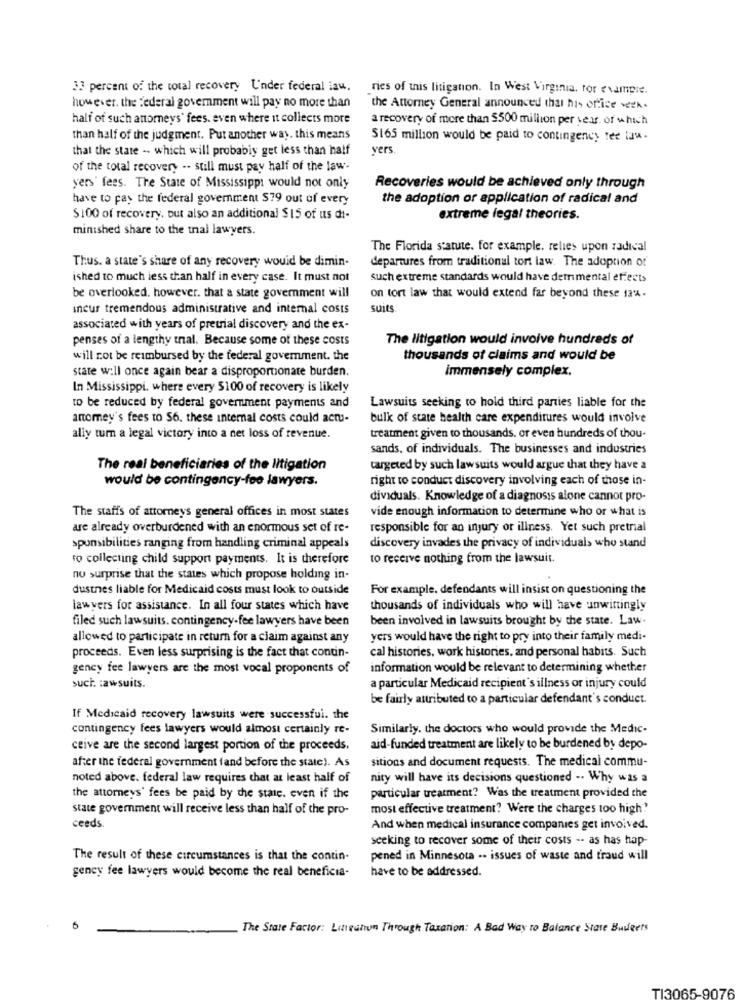
33 percent of the total recovery Under federal iau.
ries of this litigation. In West Virginia. for example.
however, the federal government will pay no more than
the Attorney General announced that his office week.
half of such attorneys' fees. even where it collects more
a recovery of more than $500 million per year. of which
than half of the judgment. Put another way. this means
5165 million would be paid to contingency tee luw.
that the state - which will probably get less than half
vers.
of the total recovery -- still must pay half of the law-
yers' fees. The State of Mississippi would not only
Recoveries would be achieved only through
have to pay the federal government S79 out of every
the adoption or application of radical and
$100 of recovery, but also an additional $15 of us di-
extreme legal theories.
mintshed share to the tnal lawyers.
The Florida statute. for example, relies upon radical
Thus. a state's share of any recovery would be dimin-
departures from traditional tort law. The adoption of
ished to much less than half in every case. It must not
such extreme standards would have detrimental effects
be overlooked, however, that a state government will
on tort law that would extend far beyond these 1a.
ancur tremendous administrative and internal costs
suits
associated with years of pretrial discovery and the ex-
penses of a lengthy thal. Because some of these costs
The litigation would involve hundreds of
will not be reimbursed by the federal government. the
thousands of claims and would be
state will once again bear a disproportionate burden.
immensely complex.
In Mississippi, where every $100 of recovery is likely
Lawsuits seeking to hold third parties liable for the
to be reduced by federal government payments and
anomey's fees to S6. these internal costs could actus-
bulk of state health care expenditures would involve
ally tum a legal victory into a net loss of revenue.
treatment given to thousands. or even hundreds of thou-
sands, of individuals. The businesses and industries
The real beneficiaries of the litigation
targeted by such lawsuits would argue that they have a
would be contingency-fee lawyers.
right to conduct discovery involving each of those in-
dividuals. Knowledge of a diagnosis alone cannot pro-
The staffs of attorneys general offices in most states
vide enough information to determine who or what is
are already overburdened with an enormous set of re-
responsible for an injury or illness. Yet such pretrial
discovery invades the privacy of individuals who stand
sponsibilities ranging from handling criminal appeals
ro collecting child support payments. It is therefore
to receive nothing from the lawsuit.
no surprise that the states which propose holding in-
dustnes liable for Medicaid costs must look to outside
For example, defendants will insist on questioning the
lawyers for assistance. In all four states which have
thousands of individuals who will have unwittingly
been involved in lawsuits brought by the state. Law.
filed such lawsuits. contingency-fee lawyers have been
allowed to participate in return for a ciaim against any
yers would have the right to pry into their family medi-
proceeds. Even less surprising is the fact that contin-
cal histories. work histories, and personal habits. Such
gency fee lawyers are the most vocal proponents of
information would be relevant to determining whether
such. : awsuits.
a particular Medicaid recipient's illness or injury could
be fairly attributed to a particular defendant's conduct.
If Medicaid recovery lawsuits were successfui. the
contingency fees lawyers would almost certainly re-
Similarly. the doctors who would provide the Medic-
ceive are the second largest portion of the proceeds.
aid-funded treatment are likely to be burdened by depo-
after the federal government fand before the state). As
sitions and document requests. The medical commu-
noted above. federal law requires that at least half of
nity will have its decisions questioned -. Why was a
the attorneys' fees be paid by the state, even if the
particular treatment? Was the treatment provided the
state government will receive less than half of the pro-
most effective treatment? Were the charges too high'
ceeds.
And when medical insurance companies get involved.
seeking to recover some of their costs -- as has hap-
The result of these circumstances is that the contin-
pened in Minnesota .- issues of waste and fraud will
have to be addressed.
gency fee lawyers would become the real beneficia-
The State Factor: Lineation Through Taxation: A Bad Way to Balance State Budgets
TI3065-9076